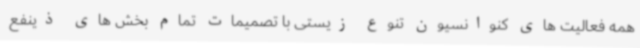
همه فعالیت های کنوانسیون تنوع زیستی با تصمیمات تمام بخش های ذینفع